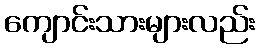
ကျောင်းသားများလည်း